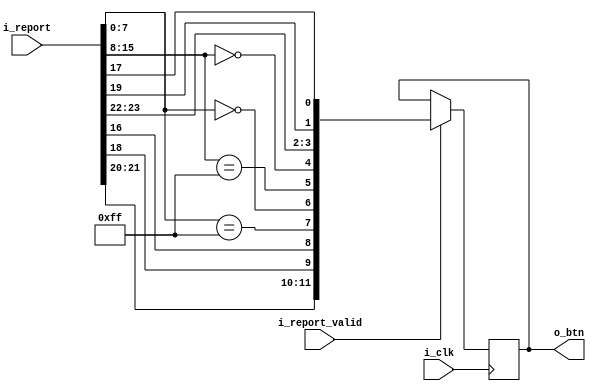
// "BUFFALO Classic USB Gamepad"

`default_nettype none

module usbh_report_decoder_buffalo(
    input  wire        i_clk,
    input  wire [63:0] i_report,
    input  wire        i_report_valid,
    output reg   [11:0] o_btn
);
    wire left = i_report[7:0] == 0;
    wire right = i_report[7:0] == 8'hff;
    wire up = i_report[15:8] == 0;
    wire down = i_report[15:8] == 8'hff;

    wire a = i_report[16];
    wire b = i_report[17];
    wire x = i_report[18];
    wire y = i_report[19];

    wire l = i_report[20];
    wire r = i_report[21];

    wire select = i_report[22];
    wire start = i_report[23];

    always @(posedge i_clk) begin
        if (i_report_valid) begin
            o_btn <= {
                r, l, x, a,
                right, left, down, up,
                start, select, y, b
            };
        end
    end

endmodule